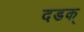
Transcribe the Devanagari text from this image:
दडक्